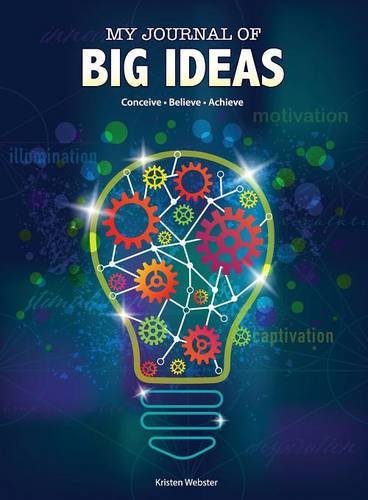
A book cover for My Journal of Big Ideas: Conceive, Believe, Achieve; Kristen Webster; Self-Help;